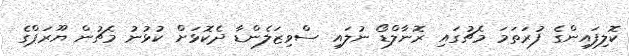
ކޮލިފައިންގެ ފުރަތަމަ މެޗުގައި ރޮނާލްޑޯ ނުލައި ސްވިޒަލެންޑާ ދެކޮޅަށް ކުޅުނު މެޗުން ޔޫރަޕްގެ